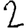
Digit: 2